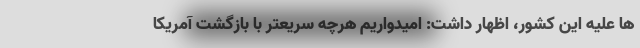
ها علیه این کشور، اظهار داشت: امیدواریم هرچه سریعتر با بازگشت آمریکا